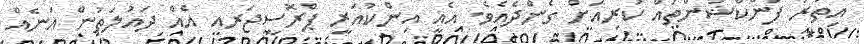
އިތުރު ފަންކްޝަންތައް ކުރިއަށް ގެންދެއެވެ. އެއީ އިންކުއަރީ ޕްރޮސީޖަރއ އެއް ދައުލަތުން އަނެއް